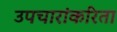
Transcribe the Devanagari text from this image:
उपचारांकरिता